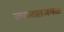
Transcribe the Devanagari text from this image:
जवळातजवळ